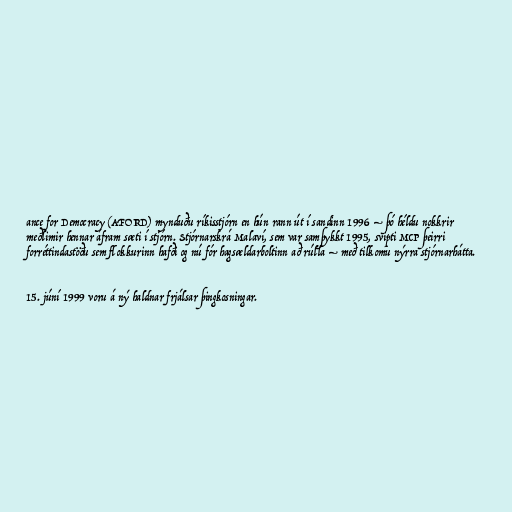
ance for Democracy (AFORD) mynduðu ríkisstjórn en hún rann út í sandinn 1996 – þó héldu nokkrir
meðlimir hennar áfram sæti í stjórn. Stjórnarskrá Malaví, sem var samþykkt 1995, svipti MCP þeirri
forréttindastöðu sem flokkurinn hafði og nú fór hagsældarboltinn að rúlla – með tilkomu nýrra stjórnarhátta.

15. júní 1999 voru á ný haldnar frjálsar þingkosningar.